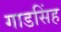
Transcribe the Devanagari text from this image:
गाडसिंह